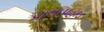
કાલાપહાડ